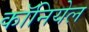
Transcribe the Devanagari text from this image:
कॉनियेल